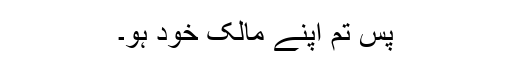
پس تم اپنے مالک خود ہو۔